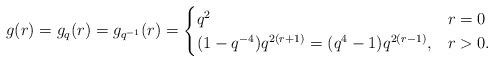
LaTeX: \begin{align*}g(r)=g_q(r)=g_{q^{-1}}(r)=\begin{cases} q^{2}&r=0 \\ (1-q^{-4})q^{2(r+1)}=(q^{4}-1)q^{2(r-1)},&r>0.\end{cases}\end{align*}